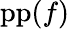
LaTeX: \operatorname{pp}(f)